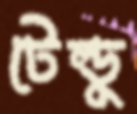
টেল্ডু